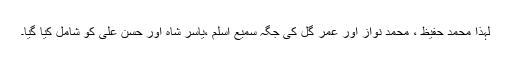
لہذا محمد حفیظ ، محمد نواز اور عمر گُل کی جگہ سمیع اسلم ،یاسر شاہ اور حسن علی کو شامل کیا گیا۔